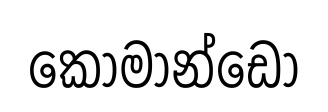
කොමාන්ඩෝ